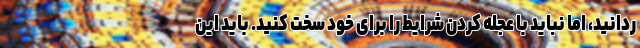
ردانید، اما نباید با عجله کردن شرایط را برای خود سخت کنید. باید این